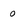
Character: 0